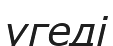
үгеді